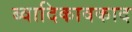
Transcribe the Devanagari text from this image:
ब्वादिकावकाद